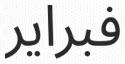
فبراير